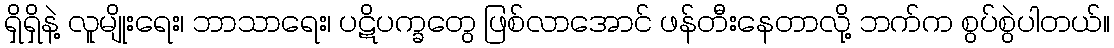
ရှိရှိနဲ့ လူမျိုးရေး၊ ဘာသာရေး၊ ပဋိပက္ခတွေ ဖြစ်လာအောင် ဖန်တီးနေတာလို့ ဘက်က စွပ်စွဲပါတယ်။